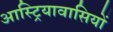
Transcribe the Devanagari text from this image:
आस्ट्रियावासियों